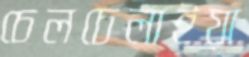
চেলচেলাইয়া